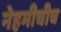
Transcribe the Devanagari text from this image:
नेहमीचीच